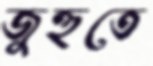
জুহুতে